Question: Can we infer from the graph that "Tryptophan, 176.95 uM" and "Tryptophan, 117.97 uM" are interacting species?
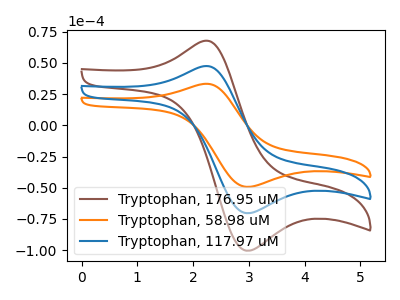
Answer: <think>The brown curve "Tryptophan, 176.95 uM" has an anodic peak at (2.20V, 94.60uA) and a cathodic peak at (2.95V, -140.65uA). The orange curve "Tryptophan, 58.98 uM" has an anodic peak at (2.20V, 33.15uA) and a cathodic peak at (2.95V, -49.30uA). The blue curve "Tryptophan, 117.97 uM" has an anodic peak at (2.20V, 47.30uA) and a cathodic peak at (2.95V, -70.35uA).
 All the peaks in "Tryptophan, 176.95 uM" have a peak in "Tryptophan, 117.97 uM" at the same potential. Every peak in "Tryptophan, 176.95 uM" is higher than every peak in "Tryptophan, 117.97 uM".</think>
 <answer>No, "Tryptophan, 176.95 uM" and "Tryptophan, 117.97 uM" don't appear to be significantly different in shape</answer>
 <eval>no_change</eval>